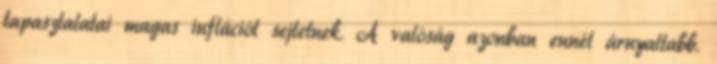
tapasztalatai magas inflációt sejtetnek. A valóság azonban ennél árnyaltabb.